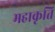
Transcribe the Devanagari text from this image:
महाकृति